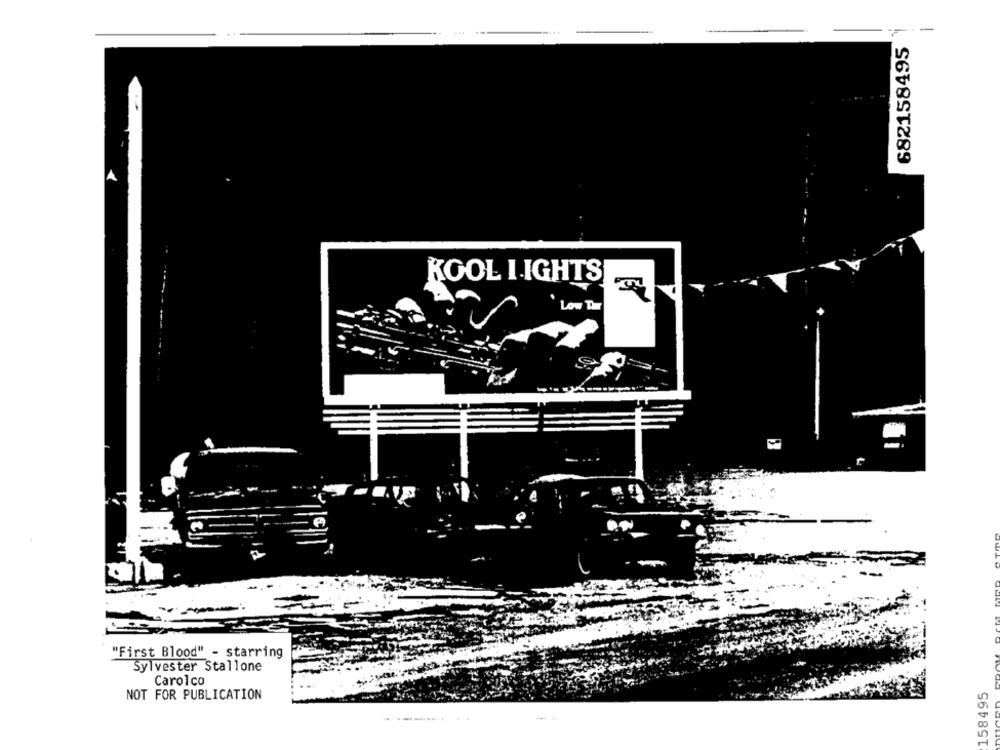
682158495
KOOL I IGHTS
' Low Ther
-
"First Blood" - starring
Sylvester Stallone
Carolco
158495
NOT FOR PUBLICATION
--.....